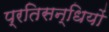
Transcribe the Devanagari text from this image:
प्रतिसन्धियों